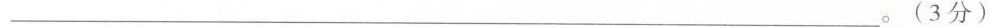
___。(3分)